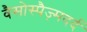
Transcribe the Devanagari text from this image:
वैसोस्पैज़्मदर्द